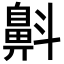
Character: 𪖘